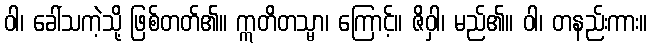
ဝါ၊ ခေါ်သကဲ့သို့ ဖြစ်တတ်၏။ ဣတိတသ္မာ၊ ကြောင့်။ ဇိဝှါ၊ မည်၏။ ဝါ၊ တနည်းကား။